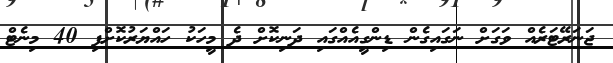
ޖަނަރޭޓަރެއް ވަގަށް ނަގައިގެން ޑިންގީއެއްގައި ދަނިކޮށް ދެ މީހަކު ހައްޔަރުކޮށްފި 40 މިނެޓް